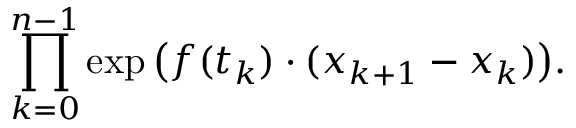
\prod _ { k = 0 } ^ { n - 1 } \exp { \big ( } f ( t _ { k } ) \cdot ( x _ { k + 1 } - x _ { k } ) { \big ) } .